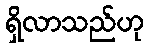
ရှိလာသည်ဟု